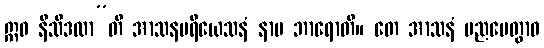
ဣဓ နိသီဒထာ”တိ အာသနပရိယေသနံ နာမ ဘာရောတိ။ တေ အာသနံ ပညပေတွာဝ